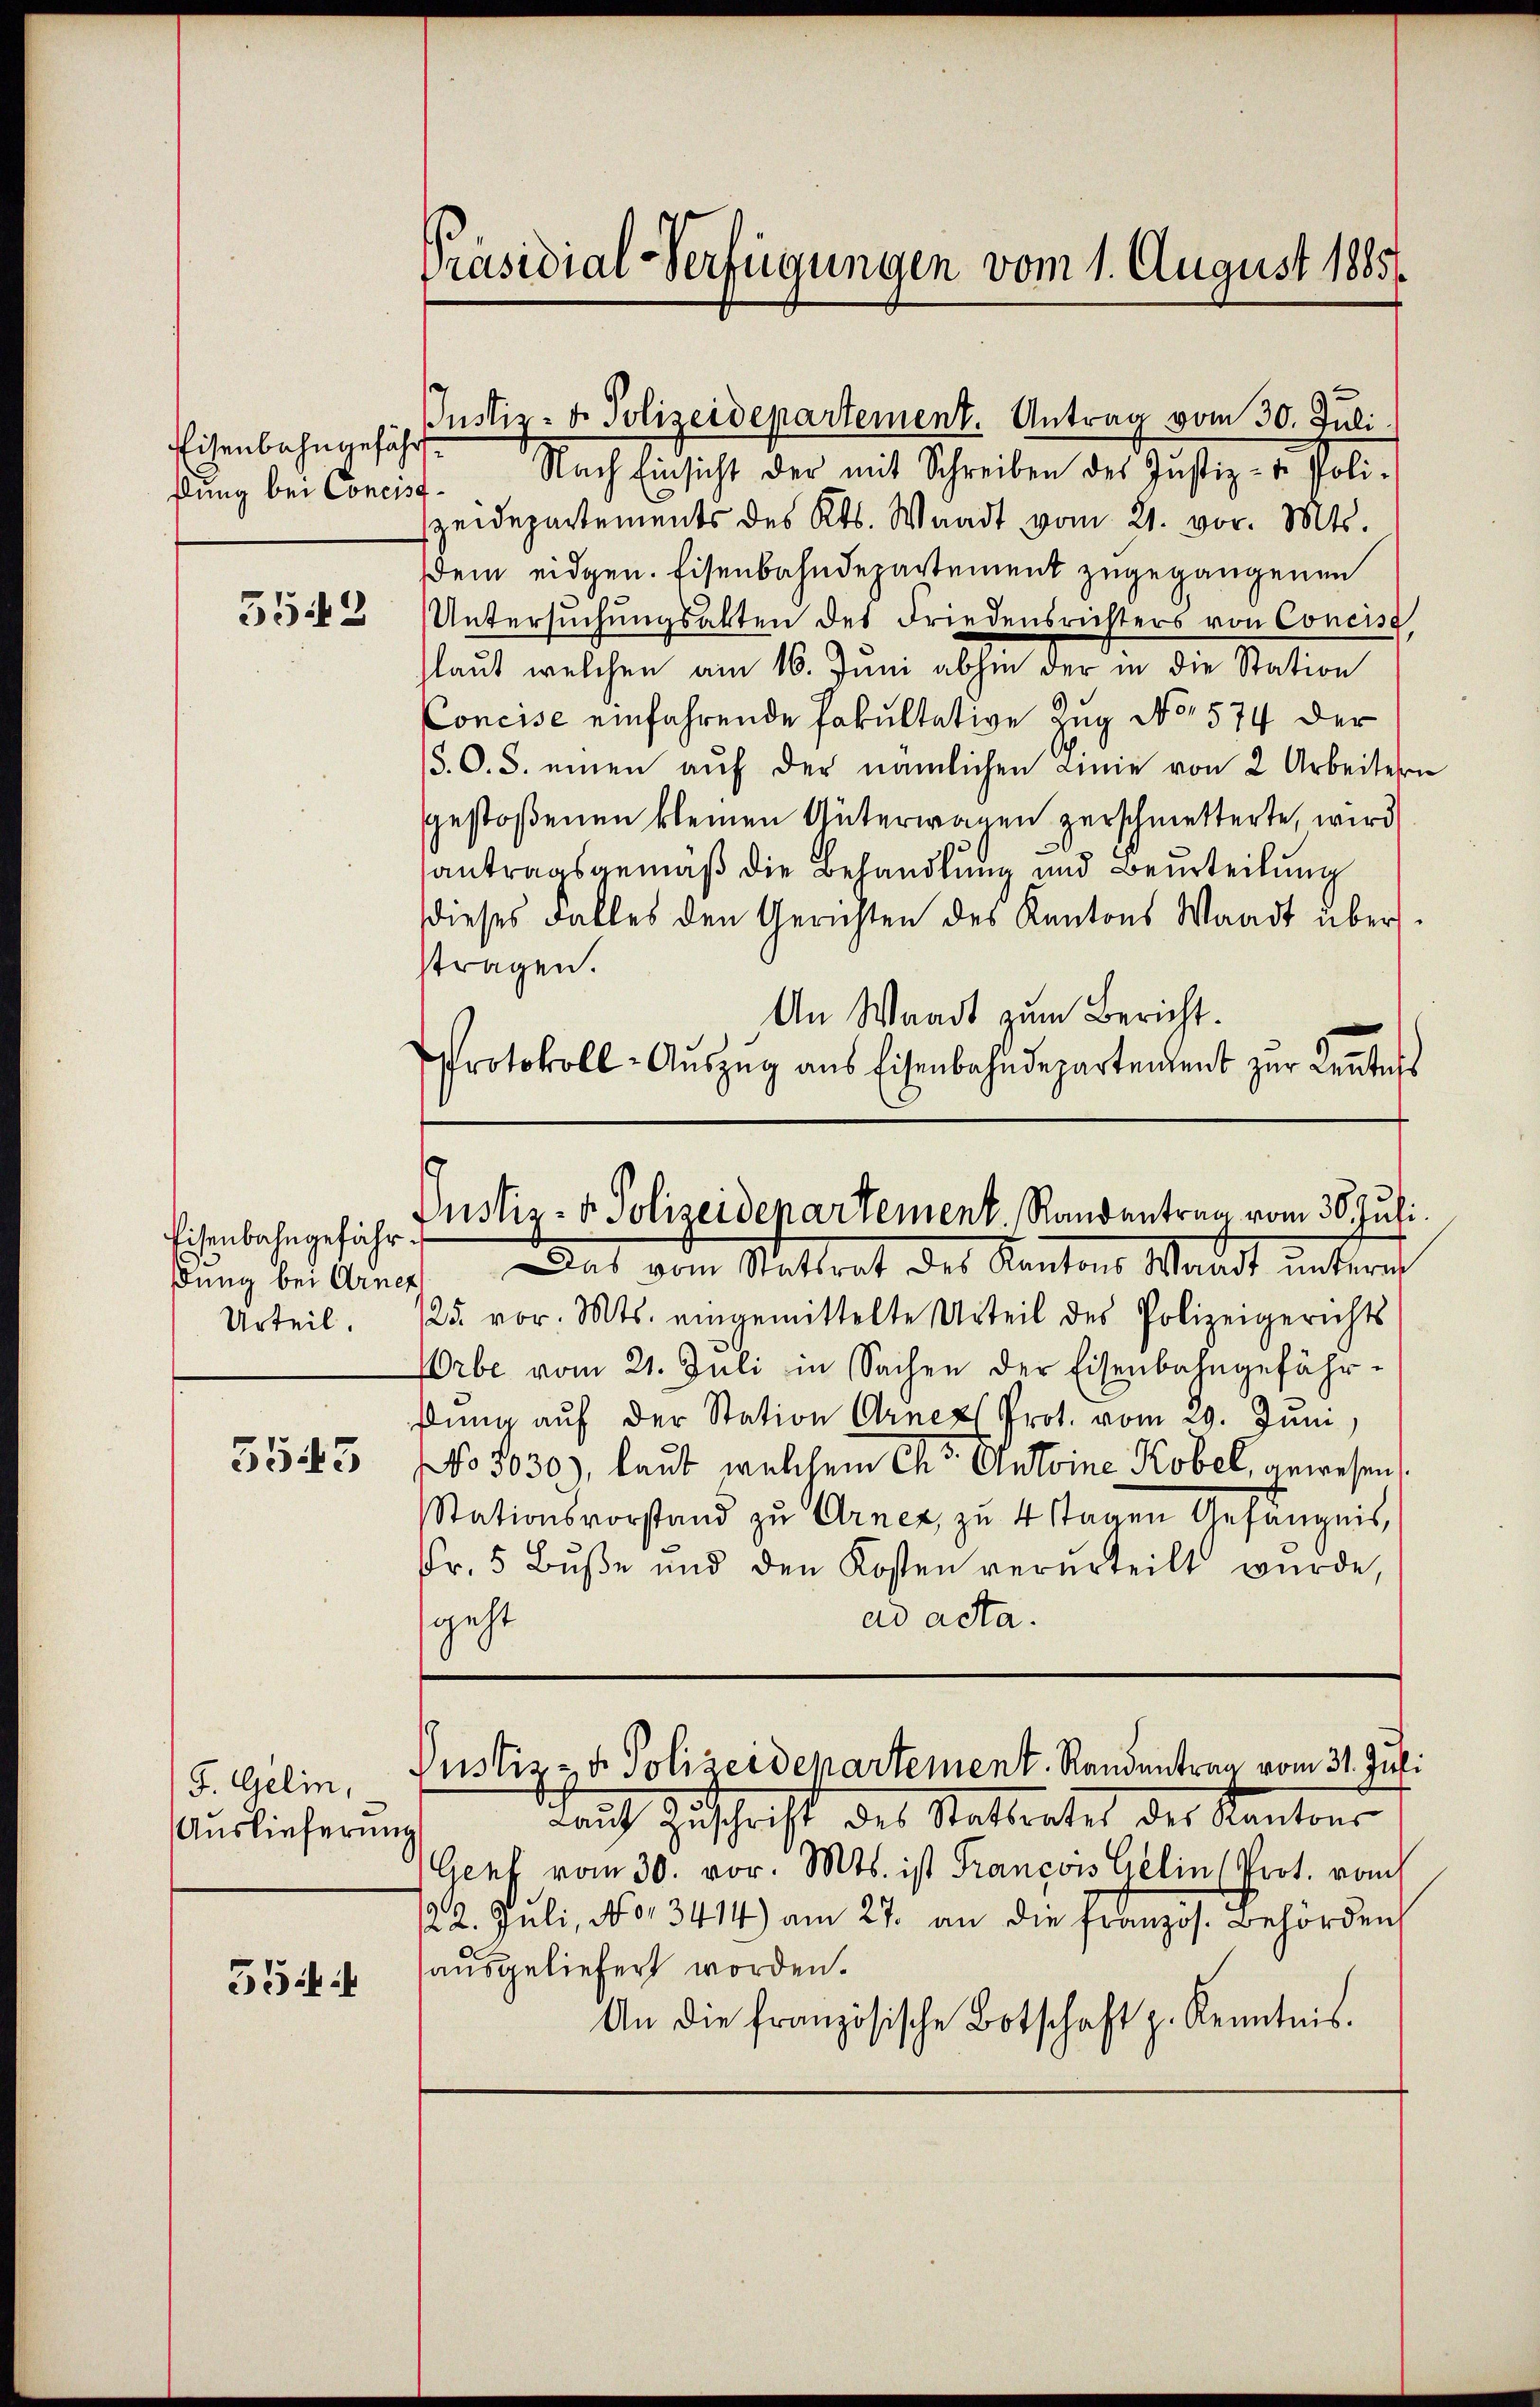
Eisenbahngefähr
ßlung bei Concis

5542

Eisenbahngefähr¬
Urteil.

5543

F. Gelin,
Auslieferung

354

Präsidial-Verfügungen vom 1. August 1885.

Nach Einsicht der mit Schreiben des Justiz- & Poli-
zeidepartements des Kts. Waadt vom 21. vor. Mts.
dem eidgen. Eisenbahndepartement zugegangenen
Untersuchungsakten des Friedensrichters von Concis,
laut welchen am 16. Juni abhin der in die Station
Concise einfahrende Fakultative Zug No 574 der
S. O. S. einen auf der nämlichen Linie von 2 Arbeitern
gestoßenen kleinen Güterwagen zerschmetterte, wird
santragsgemäß die Behandlung und Beurteilung
dieses Falles den Gerichten des Kantons Waadt übersstragen.
An Waadt zum Bericht.
Protokoll-Aŭszŭg aŭs Eisenbahndepartement zŭr Kentes

dung bei Gener. Das vom Stattrat des Kantons Waadt unteres
/25. vor. Mts. eingemittelte Urteil des Polizeigerichts
Orbe vom 21. Juli in Sachen der Eisenbahngefähr-
ßung auf der Station Arneth Prot. vom 29. Juni,
No 1030), laut welchem Chr. Antoine Kobel, gewesen
Stationsvorstand zu Arnet, zu 4 stagen Gefängnis,
Fr. 5 Bŭβe und den Kosten verurteilt wurde,
ad acta.
sgeht

Justiz- u. Polizeidepartement. Antrag vom 30. Juli.

Justiz- & Polizeidepartement Randentrag vom 30. Juli.

Tauch Zuschrift des Statterates des Kantons
Genf vom 30. vor. Mts. ist François Gelin (Prot. vo
22. Juli, No. 3414) am 27. an die französ. Behörden
ausgeliefert worden.
An die französische Botschaft z. Kenntnis.

Justiz zu Polizeidepartement. Randentrag vom 31. Juli